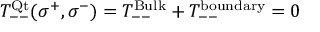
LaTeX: T _ { -- } ^ { \mathrm { Q t } } ( \sigma ^ { + } , \sigma ^ { - } ) = T _ { -- } ^ { \mathrm { B u l k } } + T _ { -- } ^ { \mathrm { b o u n d a r y } } = 0